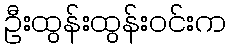
ဦးထွန်းထွန်းဝင်းက